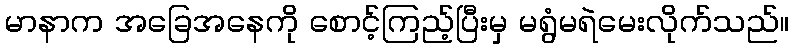
မာနာက အခြေအနေကို စောင့်ကြည့်ပြီးမှ မရွံမရဲမေးလိုက်သည်။